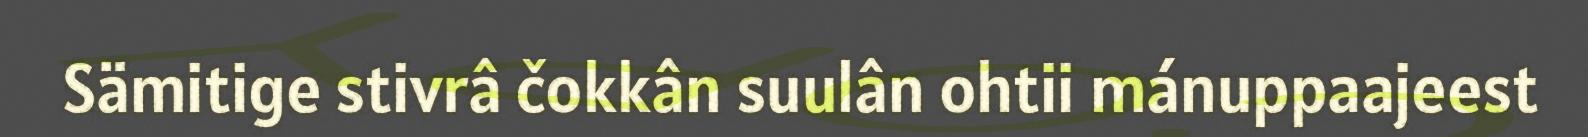
Sämitige stivrâ čokkân suulân ohtii mánuppaajeest